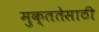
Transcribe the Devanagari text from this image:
मुक्ततेसाठी